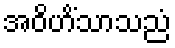
အဝိဟိံသာသညံ